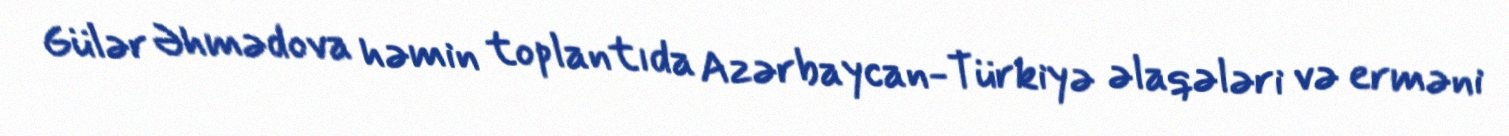
Gülər Əhmədova həmin toplantıda Azərbaycan-Türkiyə əlaqələri və erməni